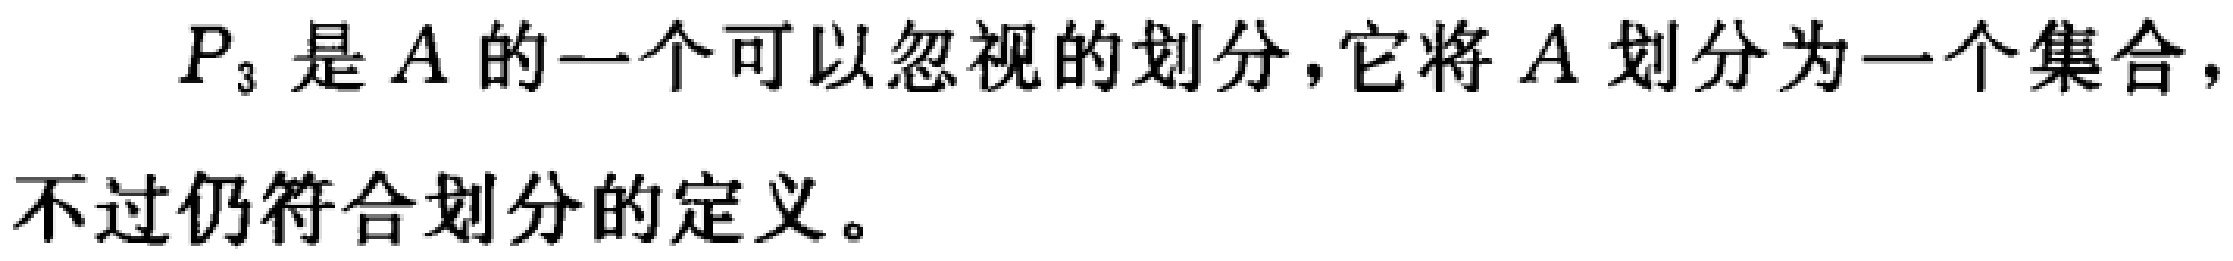
$P_{3}$ 是 $A$ 的一个可以忽视的划分，它将 $A$ 划分为一个集合，不过仍符合划分的定义。